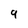
Character: 9